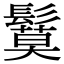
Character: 鬕